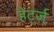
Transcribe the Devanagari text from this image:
हेर्ट्ज़